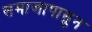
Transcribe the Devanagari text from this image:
समाजापासुन